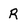
Character: R